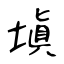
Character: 塡